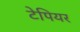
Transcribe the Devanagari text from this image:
टेपियर